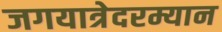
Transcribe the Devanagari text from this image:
जगयात्रेदरम्यान